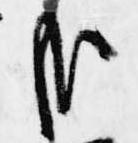
哉